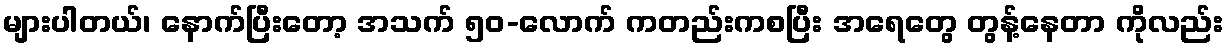
များပါတယ်၊ နောက်ပြီးတော့ အသက် ၅၀-လောက် ကတည်းကစပြီး အရေတွေ တွန့်နေတာ ကိုလည်း